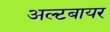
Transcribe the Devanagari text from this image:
अल्टबायर